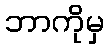
ဘာကိုမှ